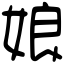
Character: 娘